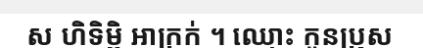
ស ហិទិម្ពិ អាក្រក់ ។ ឈ្មោះ កូនប្រុស